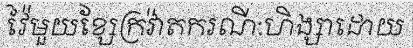
វ៉ៃមួយខ្សែក្រវ៉ាតករណី:ហិង្សាដោយ